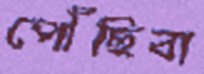
পৌঁছিবা